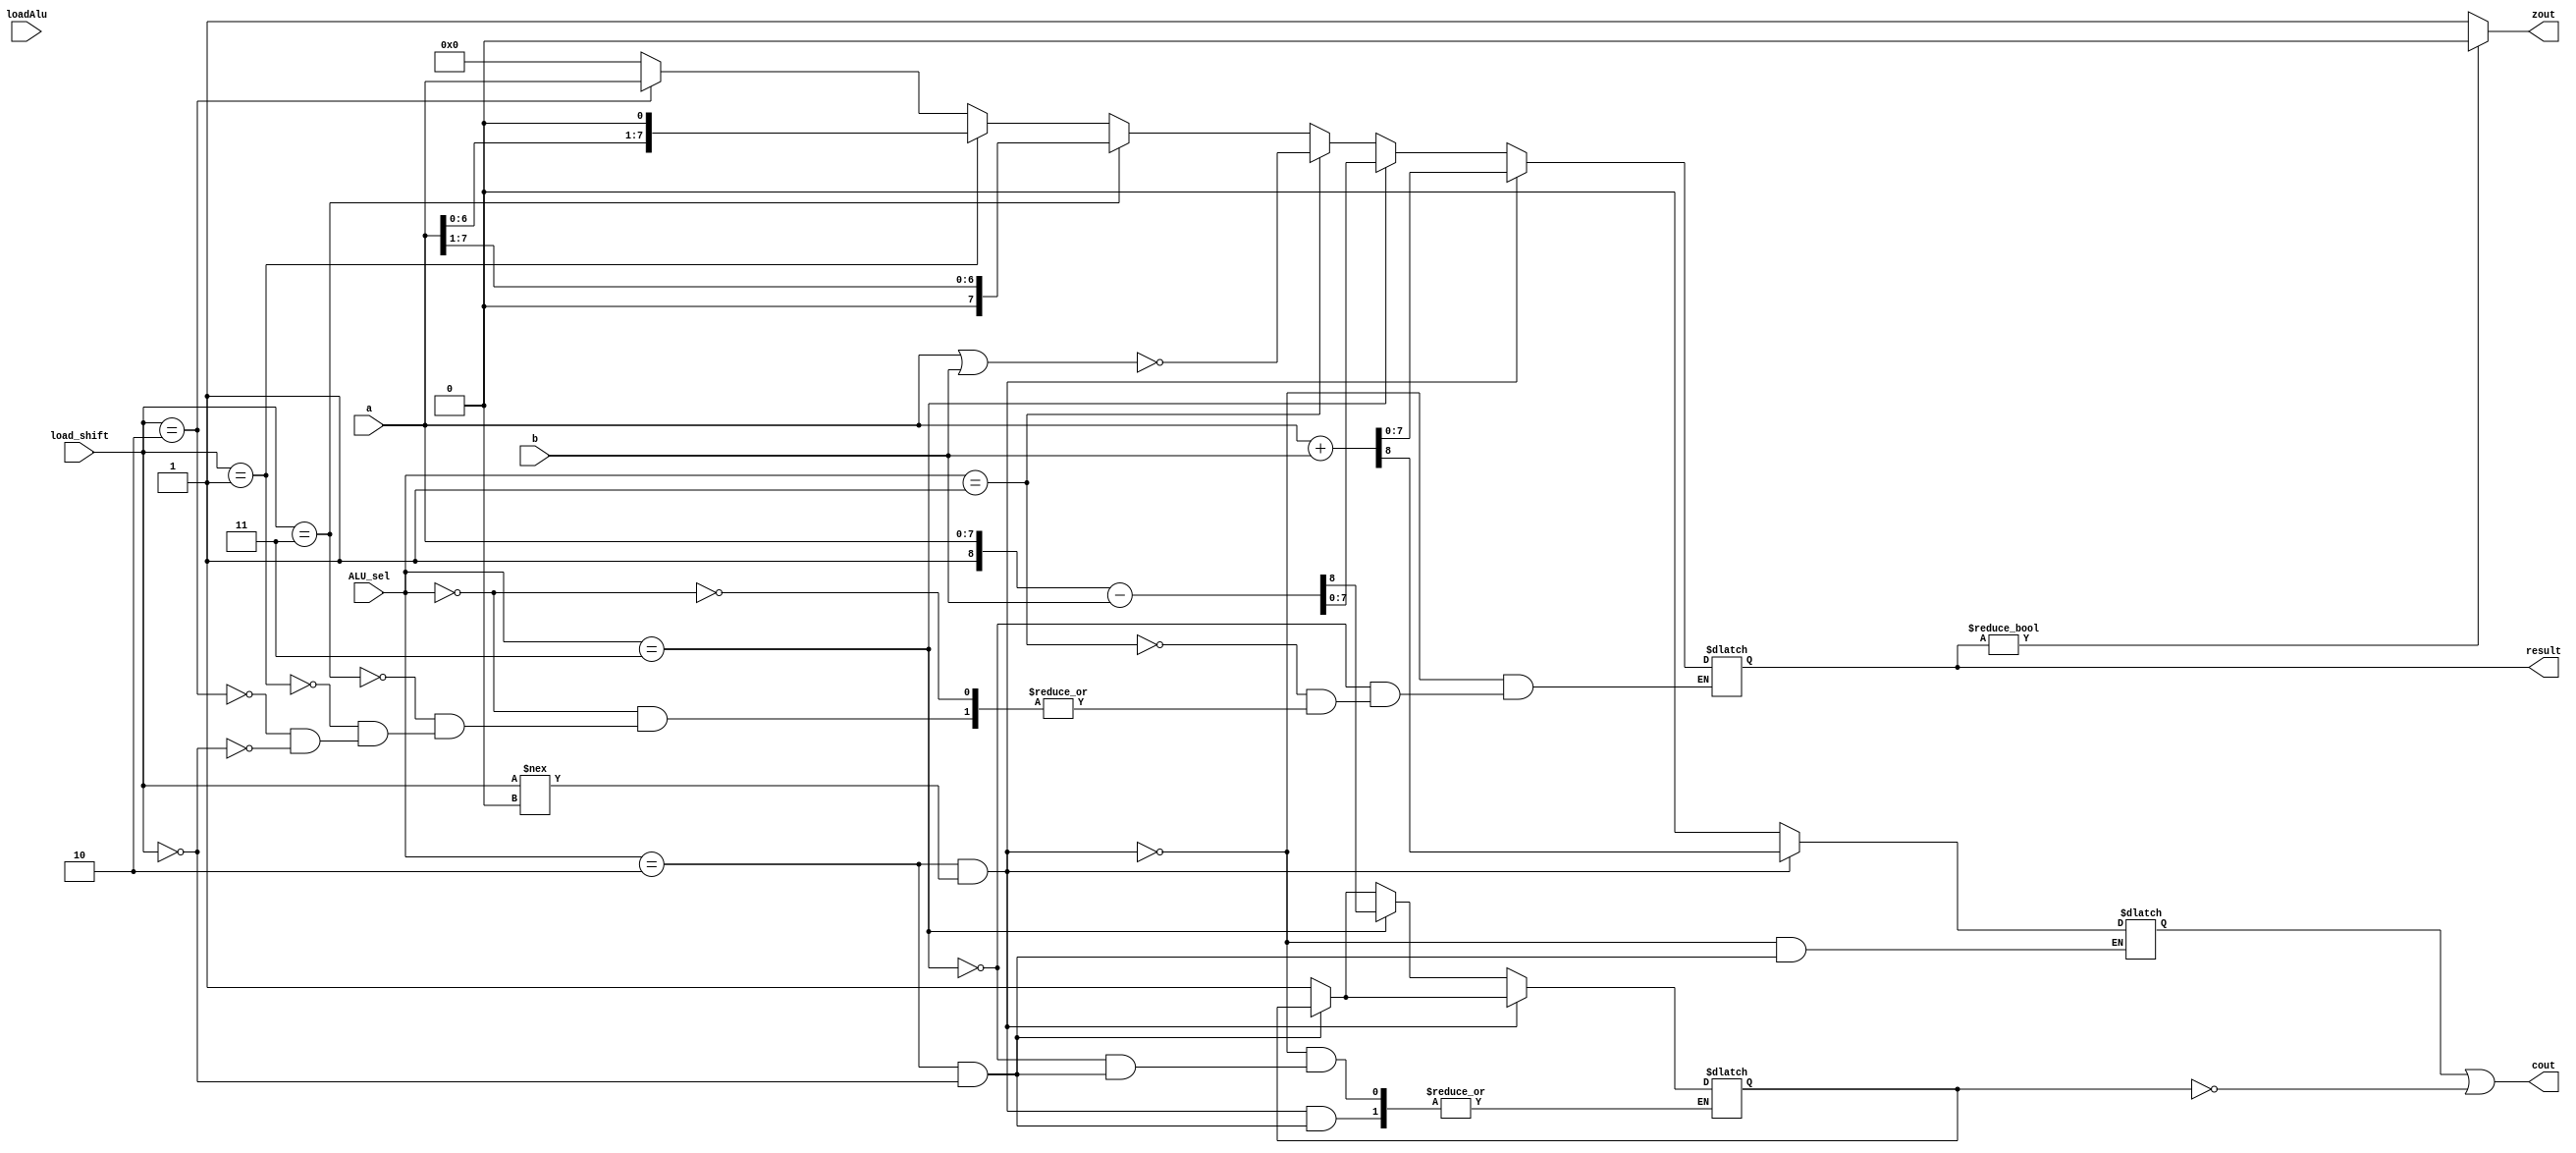
`timescale 1ns/1ps //ALU 
module ALU (
    input [7:0] a,
    input [7:0] b,
    input [1:0] ALU_sel,
    input [1:0] load_shift,
    input loadAlu,
    output [7:0] result,
    output cout,
    output zout
);
//Declare any necessary registers or wires
// wire [1:0] ALU_sel, load_shift;
// wire [7:0] result;
// wire cout, zout;
reg [7:0] alu_out, aluout2;
reg carryout, zeroflag, borrow;

//Complete this part to specify ALU behavior 
// always @(a or b or ALU_sel or load_shift) begin
always @(loadAlu == 1) begin
    if (ALU_sel == 2'b10 & load_shift == 2'b00) begin
        alu_out <= alu_out;
        // aluout2 <= aluout2;
        // a <= a;
        // b <= b;
    end
    else 
        {carryout, borrow} <= 2'b01;    
    if (ALU_sel == 2'b10 & load_shift !== 2'b00 ) begin
        {carryout, alu_out} <= a + b;  
    end
    else if (ALU_sel == 2'b11 ) begin
        {borrow, alu_out} <= {1'b1, a} - b;
    end
    else if (ALU_sel == 2'b01 )
        alu_out <= ~(a | b);
    else if (ALU_sel == 2'b00 ) begin
        if (load_shift == 2'b11 )
            alu_out <= a >> 1;
        else if (load_shift == 2'b01 )
            alu_out <= a << 1;
        else if (load_shift == 2'b10 )
            alu_out <= a;
        else if (load_shift == 2'b00 ) begin
            alu_out <= 8'b0;
        end
    end    
end

// always @(alu_out) begin
//     aluout2 <= alu_out;
// end


assign zout = (alu_out) ? 1'b0 : 1'b1;
assign result = alu_out;
assign cout = carryout | ~borrow;
endmodule